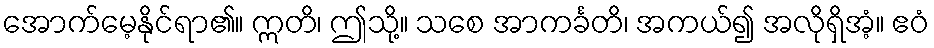
အောက်မေ့နိုင်ရာ၏။ ဣတိ၊ ဤသို့။ သစေ အာကင်္ခတိ၊ အကယ်၍ အလိုရှိအံ့။ ဧဝံ